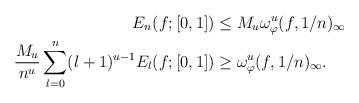
LaTeX: \begin{align*}E_{n}(f;[0,1]) &\le M_u\omega_\varphi^u(f,1/n)_\infty\\\frac{M_u}{n^u}\sum_{l=0}^n (l+1)^{u-1}E_{l}(f;[0,1]) &\ge \omega_\varphi^u(f,1/n)_\infty.\end{align*}